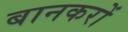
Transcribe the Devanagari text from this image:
बानकरों